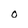
Character: 0